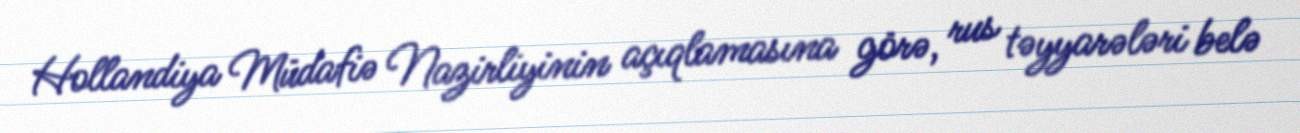
Hollandiya Müdafiə Nazirliyinin açıqlamasına görə, rus təyyarələri belə